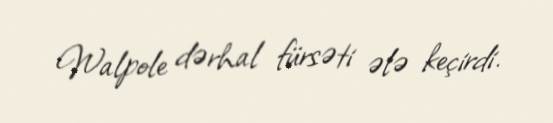
Walpole dərhal fürsəti ələ keçirdi.